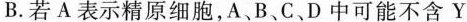
B.若A表示精原细胞，A、B、C、D中可能不含Y